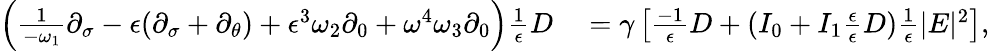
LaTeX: \begin{array}{rl}{\left(\frac{1}{-\omega_{1}}\partial_{\sigma}-\epsilon(\partial_{\sigma}+\partial_{\theta})+\epsilon^{3}\omega_{2}\partial_{0}+\omega^{4}\omega_{3}\partial_{0}\right)\frac{1}{\epsilon}D}&{{}=\gamma\left[\frac{-1}{\epsilon}D+(I_{0}+I_{1}\frac{\epsilon}{\epsilon}D)\frac{1}{\epsilon}|E|^{2}\right],}\end{array}